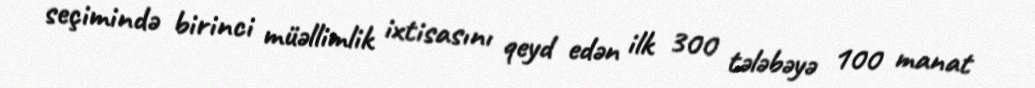
seçimində birinci müəllimlik ixtisasını qeyd edən ilk 300 tələbəyə 100 manat